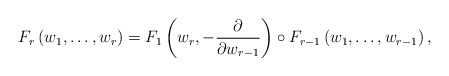
\begin{align*}F_{r}\left(w_{1},\dots,w_{r}\right)=F_{1}\left(w_{r},-\frac{\partial}{\partial w_{r-1}}\right)\circ F_{r-1}\left(w_{1},\dots,w_{r-1}\right),\end{align*}